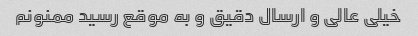
خیلی عالی و ارسال دقیق و به موقع رسید ممنونم